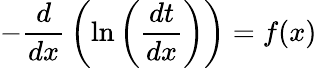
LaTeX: -{\frac{d}{dx}}\left(\ln\left({\frac{dt}{dx}}\right)\right)=f(x)